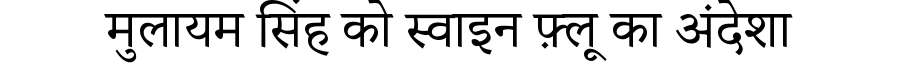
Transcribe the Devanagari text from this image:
मुलायम सिंह को स्वाइन फ़्लू का अंदेशा